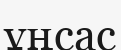
ұңсас